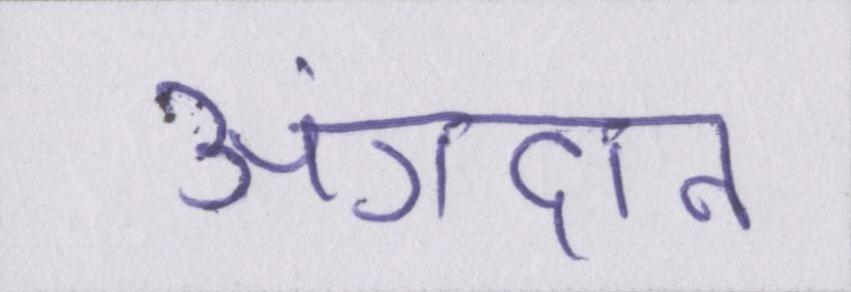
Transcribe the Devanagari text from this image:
अंगदान